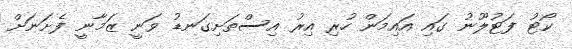
ކޯޓު ފަޓުލޫނު ގައި އައިމަން ހުރި އިރު އިސްތަށިގަނޑު ވަނީ ޒަމާނީ ފެށަނަށް